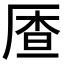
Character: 𱑟